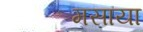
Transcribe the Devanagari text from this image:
मसाया